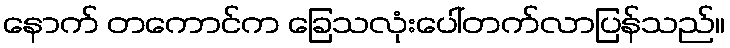
နောက် တကောင်က ခြေသလုံးပေါ်တက်လာပြန်သည်။